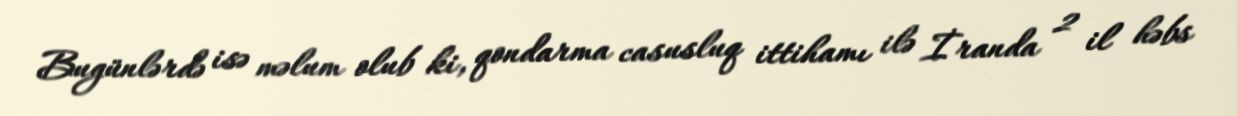
Bugünlərdə isə məlum olub ki, qondarma casusluq ittihamı ilə İranda 2 il həbs